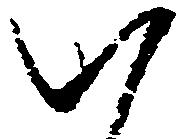
八